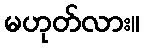
မဟုတ်လား။